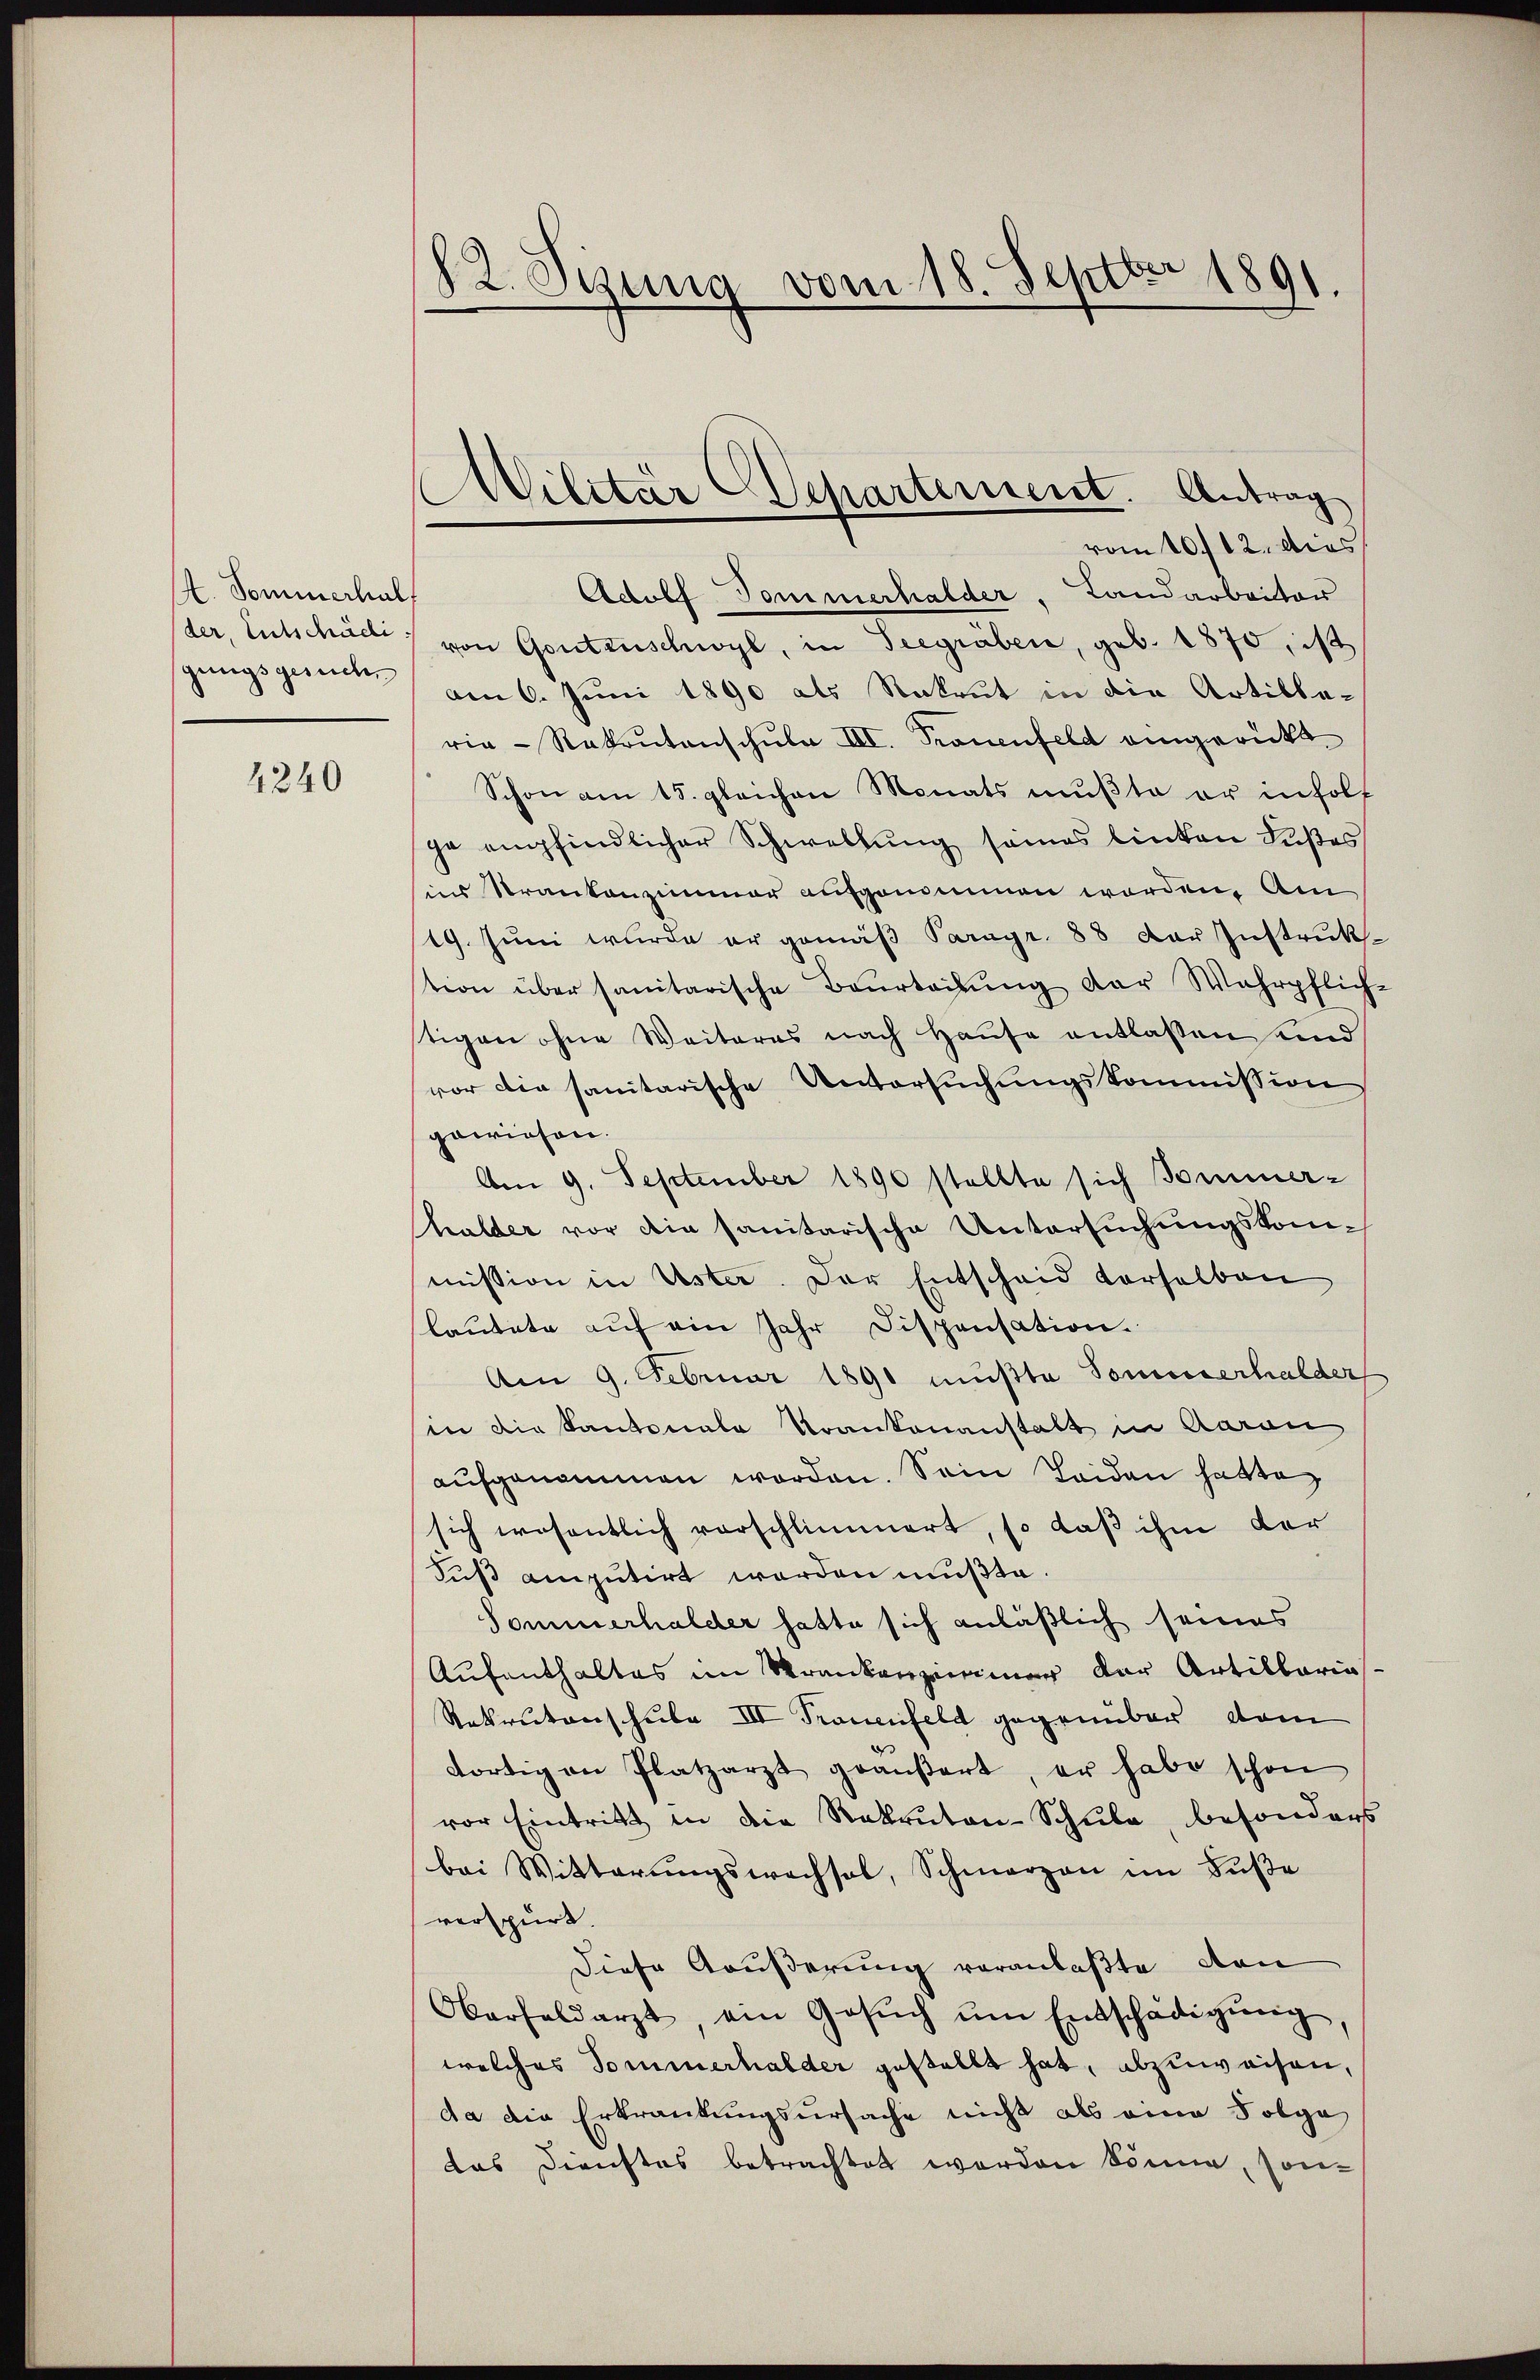
A. Sommerhalf
gungsgesuchen

4240

82. Sizung vom 18. Septbr 1891.

Adolf Tommerhalder, Landarbeiter
der, Entschäll von Gontenschwyl, in Seegräben, geb. 1870, ist
am 6. Juni 1890 als Rekrut in die Artilleria-Rakrŭtanschula III. Pronenfeld eingerückt
Schon am 15. gleichen Monats mußte er in holf
ge empfindlicher Schwellung seines linken Sustes
sins Krankenzimmer aufgenommen worden. Am
(19. Juni wurde er gemäβ Paragr. 88 der Instruktion über sanitarische Beurteilŭng der Wahrpflich-
stigen ohne Weiteres nach Hause entlassen und
vor die sanitarische Untersŭchŭngskommission
gewiesen.
Am 9. September 1890 stellte sich Bommer-
halder vor die sanitarische Untersuchungskommission in Uster. Der Entscheid vorselben
lautete auf ein Jahr Dispensation.
Am 9. Februar 1891 mußte Sonnerhalder
in die Kantonale Krankenanstalt in Aarau
aufgenommen worden. Sein Leiden hatte,
sich wesentlich vorschlimmert, so daß ihm der
Fuß amputirt werden mußte.
Sommerhalder hatte sich anläßlich seines
Aufenthaltes im Krankenzimmer der Artillarias¬
Rekrutenschule III Trauenfeld gegenüber vom
dortig an Platzarzt geäußert, er habe schon
vor Eintritt in die Rekruten-Schŭle, besonders
bei Witterungswechsel, Schmerzen im Fuße
verspürt.
Diese Außerung veranlaßte, den
Oberfeldarzt, ein Gesŭch ŭm Entschädigŭng,
welches Sommerhalder gestellt hat, abzuweisen,
da die Erkrankungsursache nicht als eine Folge
das Dienstes betrachtet worden könne, son-

Militär Departement. Antrag
vom 10./12. dies